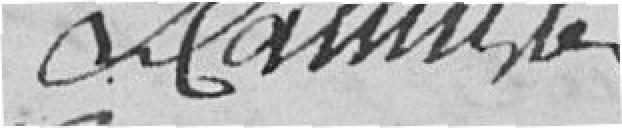
J. CAMILLE ??